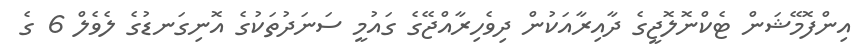
އިންފޮމޭޝަން ޓެކްނޮލޮޖީގެ ދާއިރާއަކުން ދިވެހިރާއްޖޭގެ ގައުމީ ސަނަދުތަކުގެ އޮނިގަނޑުގެ ލެވެލް 6 ގެ